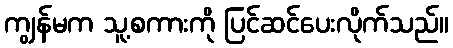
ကျွန်မက သူ့စကားကို ပြင်ဆင်ပေးလိုက်သည်။